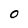
Character: O